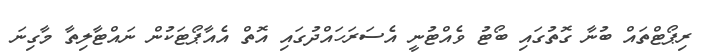
ރިޕޯޓްތައް ބުނާ ގޮތުގައި ބޯޓު ވެއްޓުނީ އެސަރަހައްދުގައި އޮތް އެއާޕޯޓަކުން ނައްޓާލިތާ މާގިނަ